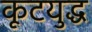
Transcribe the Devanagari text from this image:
कूटयुद्ध